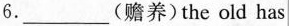
6.___(赡养)the old has